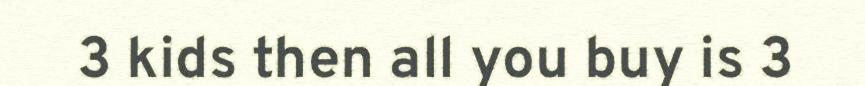
3 kids then all you buy is 3